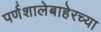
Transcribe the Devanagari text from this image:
पर्णशालेबाहेरच्या